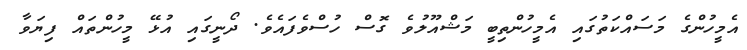
އެމީހުންގެ މަސައްކަތުގައި އެމީހުންތިބީ މަޝްއޫލުވެ ގޮސް ހުސްވެފައެވެ. ދޯނީގައި އުޅޭ މީހުންތައް ފިޔަވާ